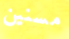
مسنين